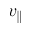
v _ { \parallel }